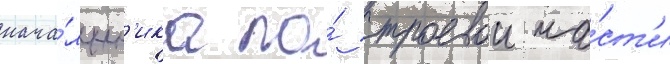
нача́льн'ика по́ строевои ча́ст'и